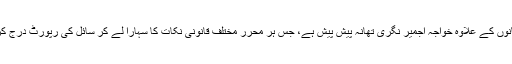
اس معاملے میں دیگر تھانوں کے علاوہ خواجہ اجمیر نگری تھانہ پیش پیش ہے، جس ہر محرر مختلف قانونی نکات کا سہارا لے کر سائل کی رپورٹ درج کرنے سے انکار کرتا ہے۔